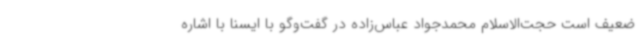
ضعیف است حجت‌الاسلام محمدجواد عباس‌زاده در گفت‌وگو با ایسنا با اشاره